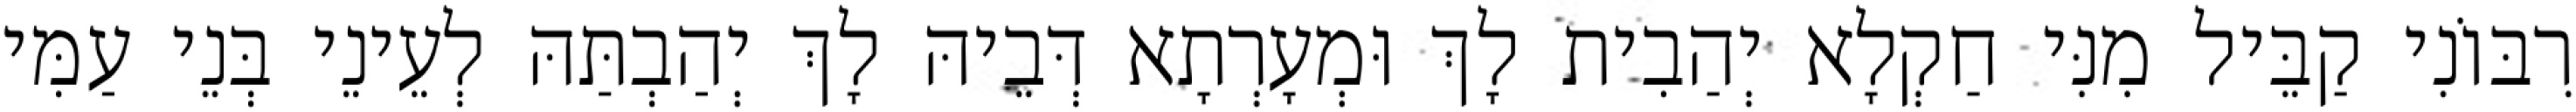
רִבּוֹנִי קַבֵּיל מִנִּי חַקְלָא יְהַבִית לָךְ וּמְעָרְתָא דְּבֵיהּ לָךְ יְהַבְתַּהּ לְעֵינֵי בְּנֵי עַמִּי